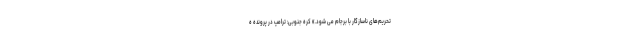
تحریم‌های ناسازگار با برجام می شود.» کره جنوبی: ترامپ در پرونده ه